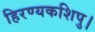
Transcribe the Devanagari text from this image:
हिरण्यकशिपु।